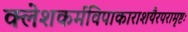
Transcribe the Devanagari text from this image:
क्लेशकर्मविपाकाराशयैरपरामृष्टः